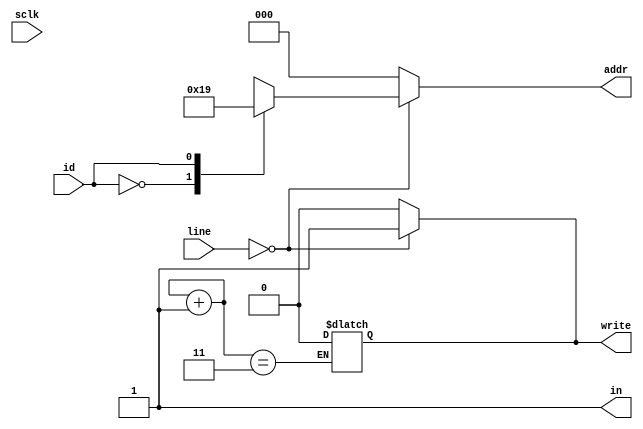
module Idles(
    input sclk,
    input [3:0] line,
    input id,
    output reg [2:0] addr,
    output reg in,
    output reg write
    );

    reg [1:0] counter;    
    always @(sclk) begin    
        counter = counter + 1;
        case(counter)
            2'd11: write = 0;
        endcase
    end
    always @(*) begin
        in = 1;
        case(line)
            4'd0000: 
            begin
            case(id)
                1'd0: 
                begin 
                write = 1;
                addr = 3;
                end
                1'd1:
                begin
                 write = 1;
                 addr = 1;
                end
            endcase
            end
           default: 
           begin 
           write = 0;
           addr = 0;
           end
        endcase
        
    end
  
endmodule